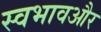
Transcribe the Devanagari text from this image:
स्वभावऔर